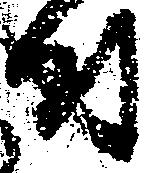
付